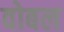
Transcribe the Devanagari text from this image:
वोबल